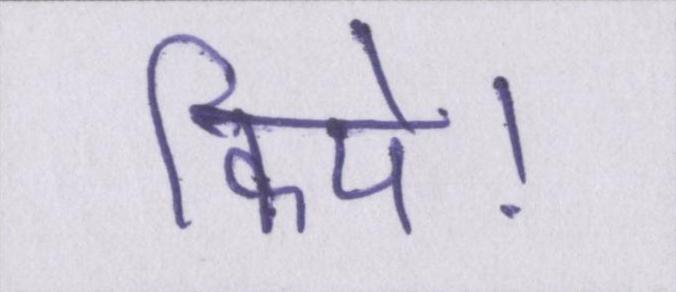
किये।